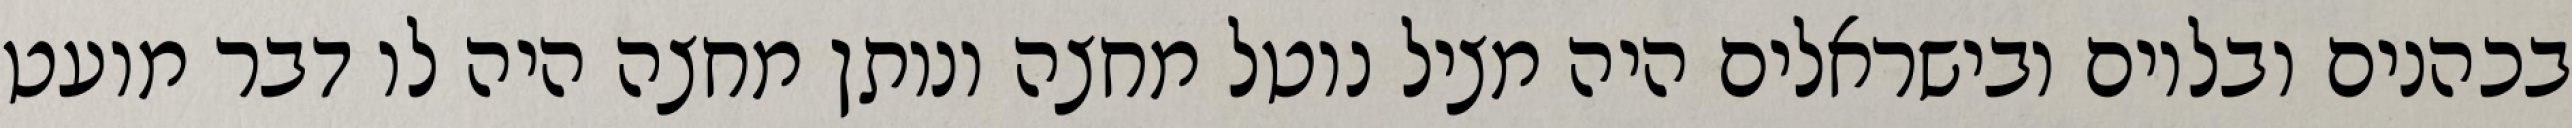
בכהנים ובלוים ובישראלים היה מציל נוטל מחצה ונותן מחצה היה לו דבר מועט